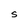
Character: S